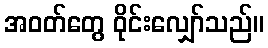
အဝတ်တွေ ဝိုင်းလျှော်သည်။